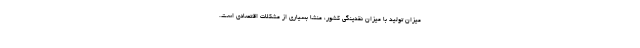
میزان تولید با میزان نقدینگی کشور، منشا بسیاری از مشکلات اقتصادی است.